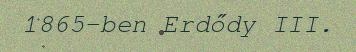
1865-ben Erdődy III.